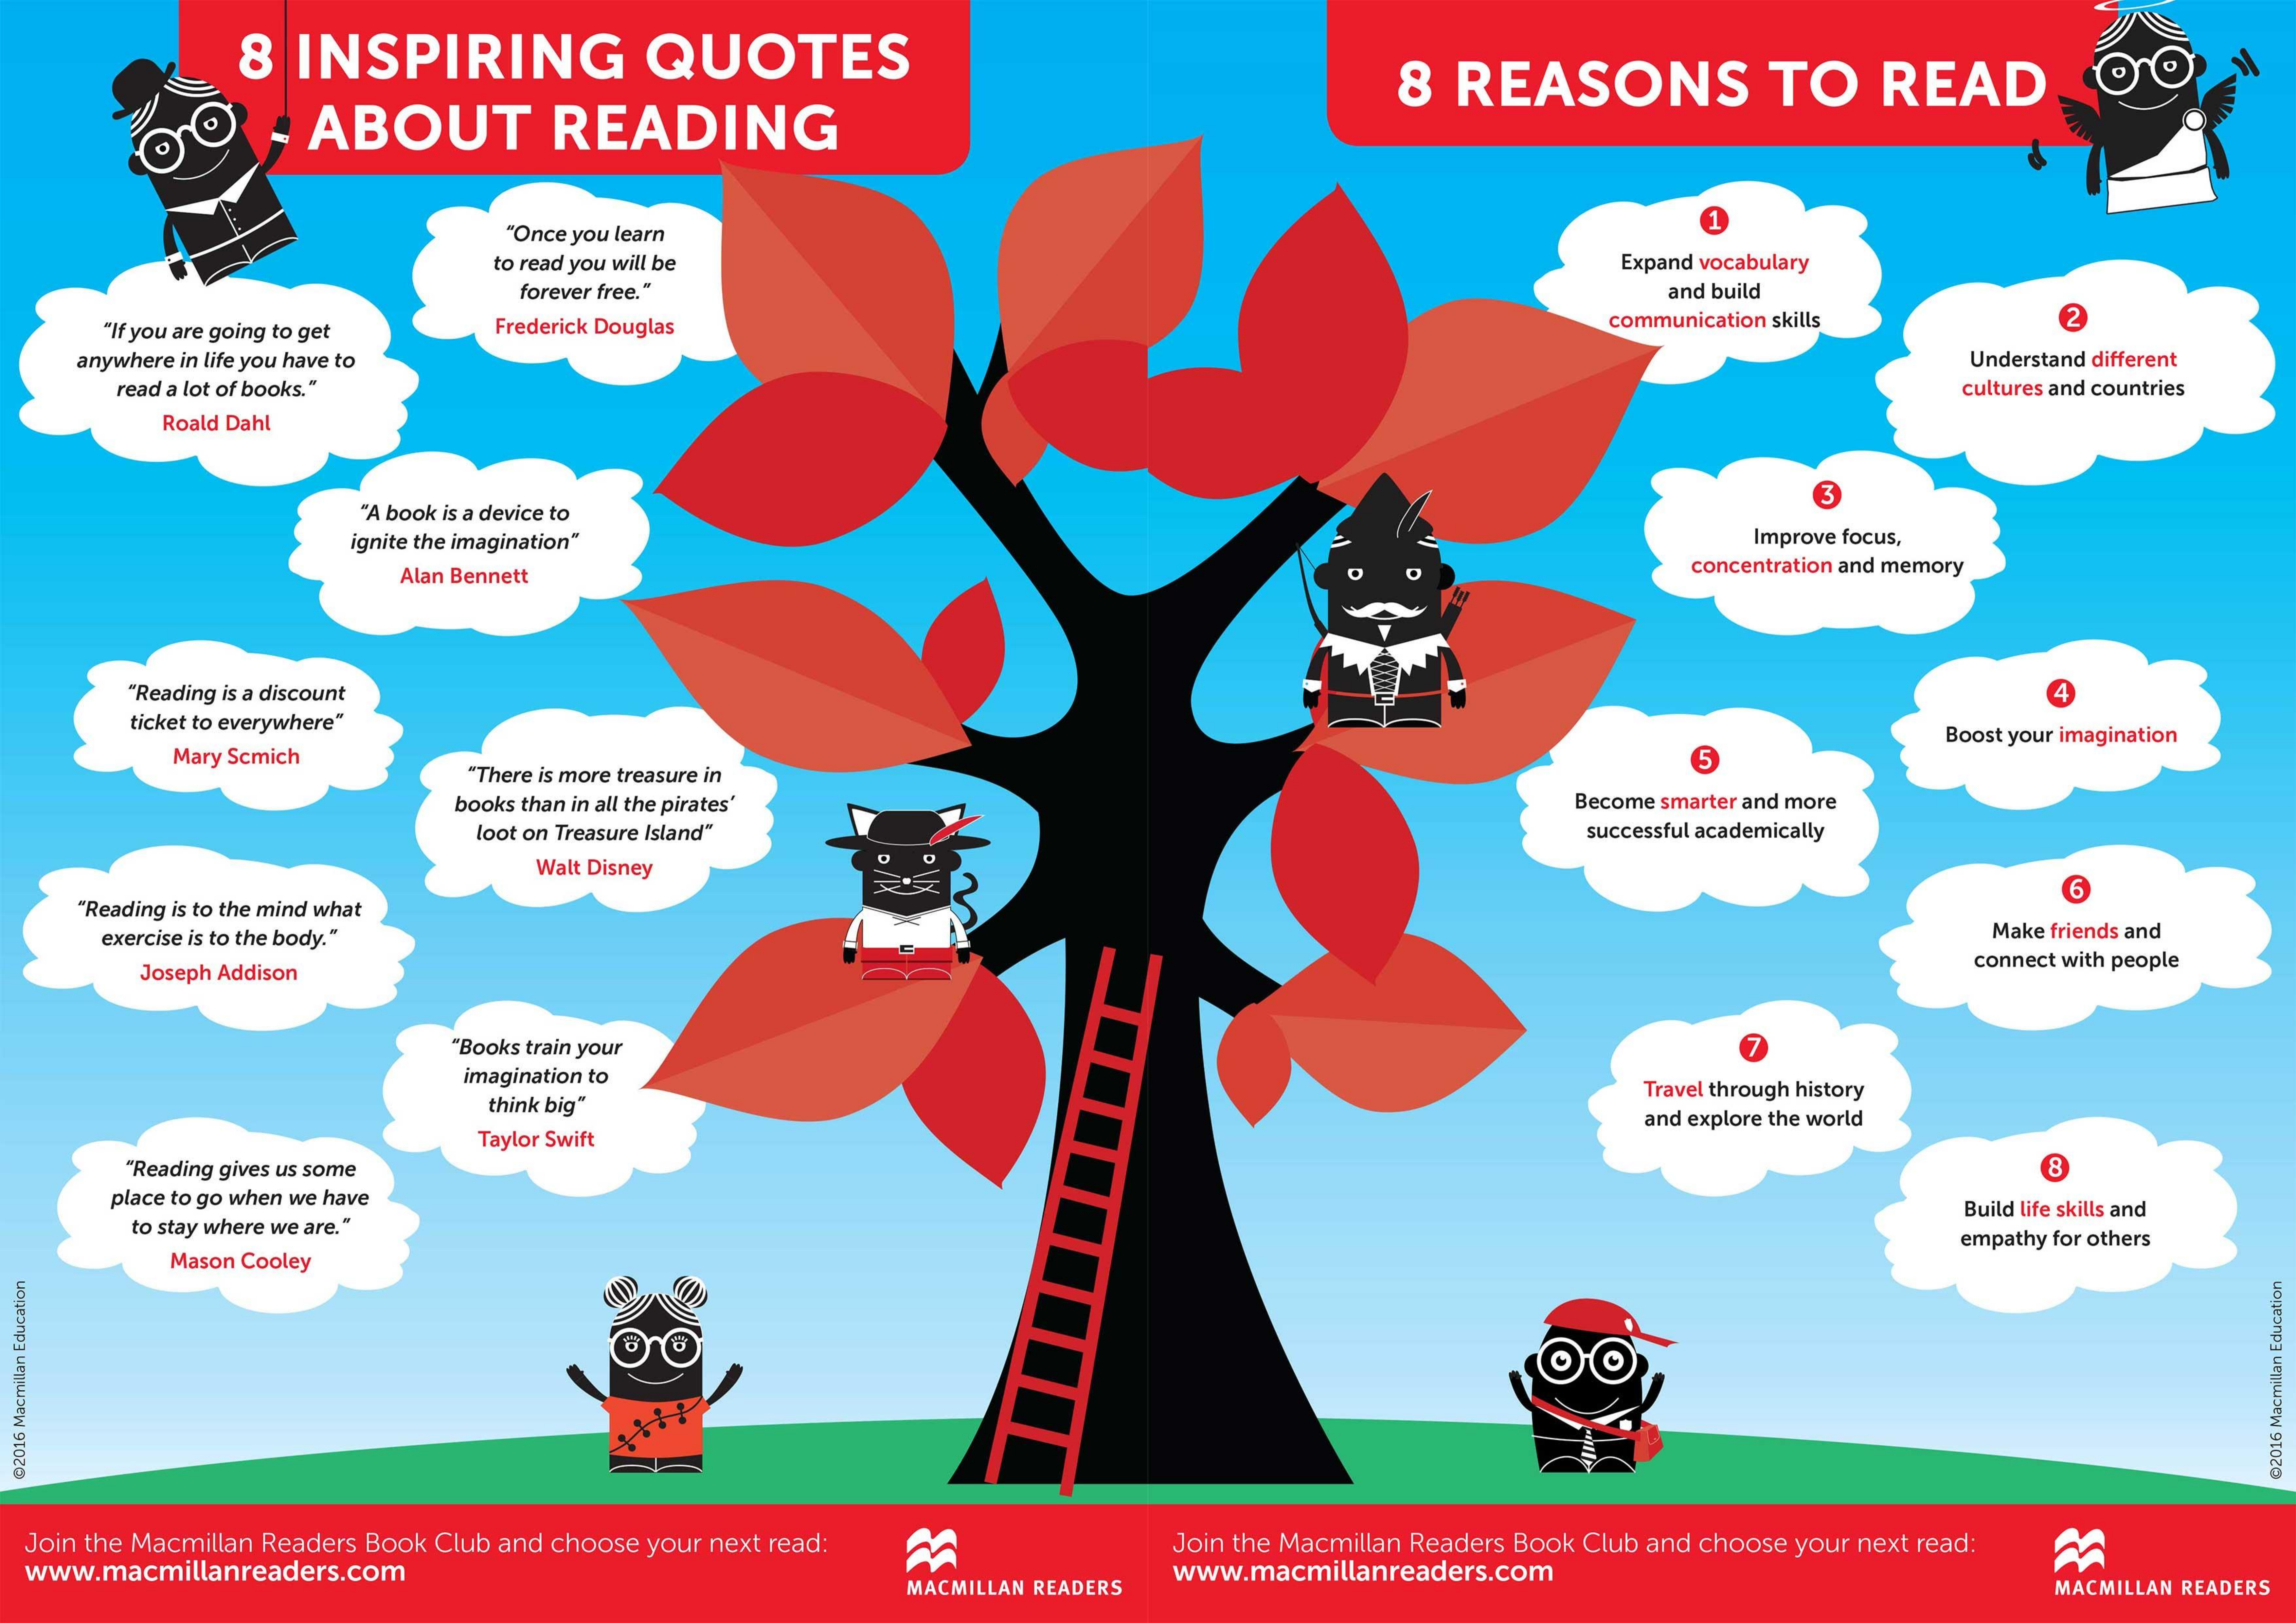
8 INSPIRING QUOTES
     ABOUT READING
     8 REASONS  TO READ
     "Once you learn
     to read you will be    Expand vocabulary
     forever free."    and build
   "If you are going to get Frederick Douglas communication skills 2
   anywhere in life you have to    Understand different
    read a lot of books."    cultures and countries
     Roald Dahl
     "A book is a device to
     3
     ignite the imagination"    Improve focus,
     Alan Bennett    concentration and memory
    "Reading is a discount    4
    ticket to everywhere"
     Mary Scmich
     Boost your imagination
     "There is more treasure in
     5
     books than in all the pirates' Become smarter and more
     loot on Treasure Island"    successful academically
     Walt Disney
   "Reading is to the mind what
     6
   exercise is to the body."    Make friends and
    Joseph Addison
     connect with people
     "Books train your
     imagination to
     think big"
     Travel through history
     Taylor Swift
     and explore the world
    "Reading gives us some
   place to go when we have
    to stay where we are."
     Build life skills and
     Mason Cooley
     empathy for others
     OO
  @2016
  Macmillan
  Education
     @2016
     Macmillan
     Education
  Join the Macmillan Readers Book Club and choose your next read:
  www.macmillanreaders.com
     Join the Macmillan Readers Book Club and choose your next read:
     MACMILLAN READERS www.macmillanreaders.com
     MACMILLAN READERS